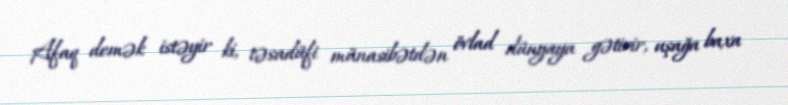
Afaq demək istəyir ki, təsadüfi münasibətdən övlad dünyaya gətirir, uşağa baxa